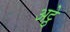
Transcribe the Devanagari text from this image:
अट्ठे